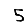
Digit: 5